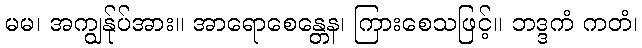
မမ၊ အကျွန်ုပ်အား။ အာရောစေန္တေန၊ ကြားစေသဖြင့်။ ဘဒ္ဒကံ ကတံ၊